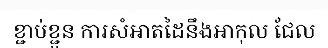
ខ្ជាប់ខ្ជួន ការសំអាតដៃនឹងអាកុល ជែល